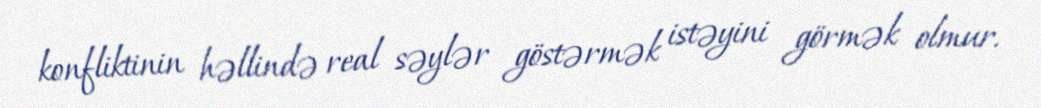
konfliktinin həllində real səylər göstərmək istəyini görmək olmur.